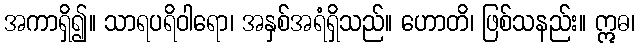
အကာရှိ၍။ သာရပရိဝါရော၊ အနှစ်အရံရှိသည်။ ဟောတိ၊ ဖြစ်သနည်း။ ဣဓ၊